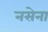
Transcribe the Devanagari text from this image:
नसेना